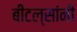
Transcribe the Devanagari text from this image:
बीटल्सांनी